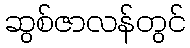
ဆွစ်ဇာလန်တွင်